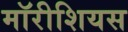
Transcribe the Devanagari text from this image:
मॉरीशियस